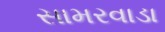
સામરવાડા